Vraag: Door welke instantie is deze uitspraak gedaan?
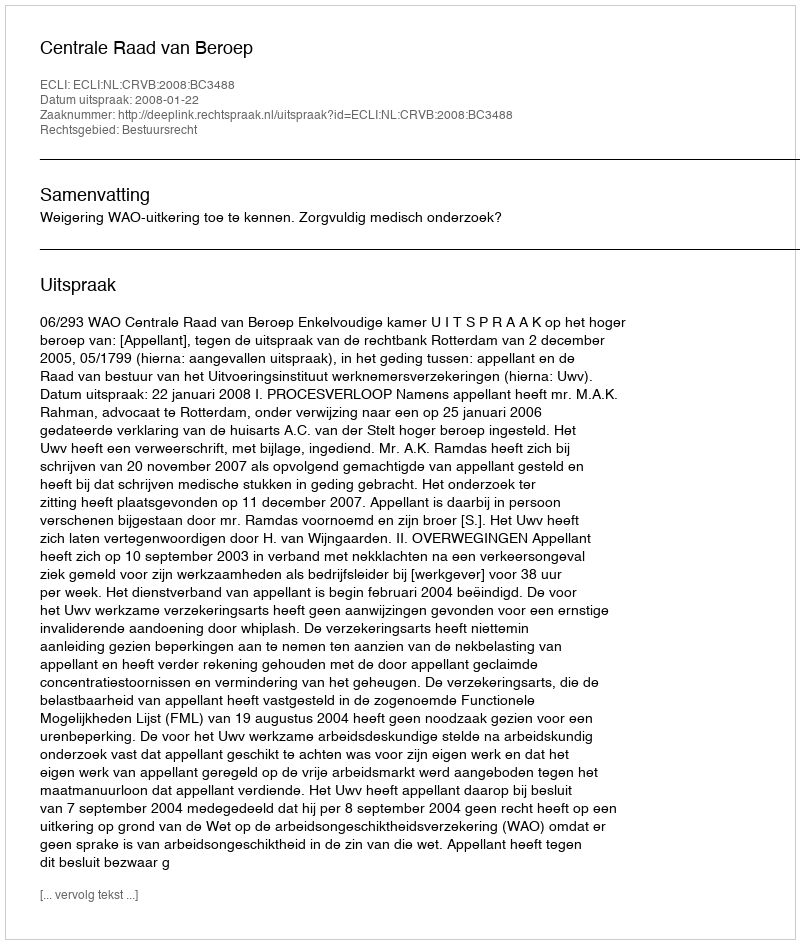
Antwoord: Centrale Raad van Beroep